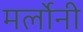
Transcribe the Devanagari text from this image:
मर्लोनी